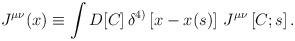
LaTeX: \begin{align*}J^{\mu\nu}(x)\equiv\int D[C]\,\delta^{4)}\left[x-x(s)\right]\,J^{\mu\nu}\left[C;s\right].\end{align*}